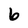
Character: 6